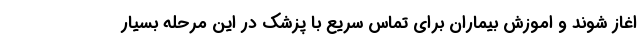
اغاز شوند و اموزش بیماران برای تماس سریع با پزشک در این مرحله بسیار